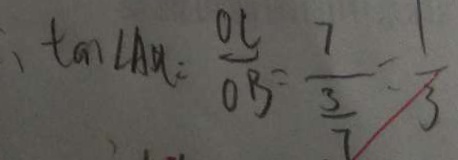
\tan \angle A D C = \frac { O C } { O B } = \frac { 7 } { \frac { 3 } { 7 } } = \frac { 1 } { 3 }